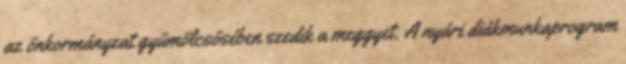
az önkormányzat gyümölcsösében szedik a meggyet. A nyári diákmunka­program